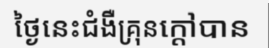
ថ្ងៃនេះជំងឺគ្រុនក្តៅបាន